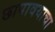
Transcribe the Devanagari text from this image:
छापावयाचा